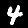
Digit: 4